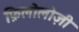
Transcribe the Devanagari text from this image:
फ़िलोलोज़ी